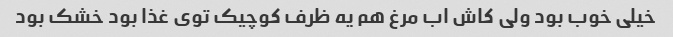
خیلی خوب بود ولی کاش اب مرغ هم یه ظرف کوچیک توی غذا بود خشک بود